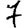
Digit: 7